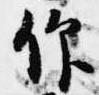
仰